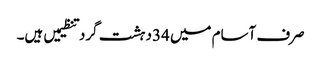
صرف آسام میں 34دہشت گرد تنظیمیں ہیں۔